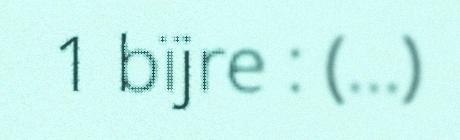
1 bïjre : (…)